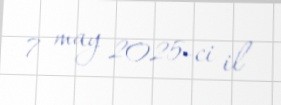
7 may 2025-ci il